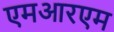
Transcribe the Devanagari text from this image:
एमआरएम